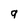
Character: g